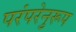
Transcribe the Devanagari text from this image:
परंपरेनुरूप